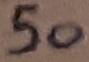
Text: 50